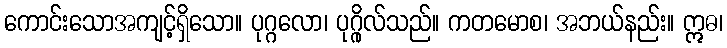
ကောင်းသောအကျင့်ရှိသော။ ပုဂ္ဂလော၊ ပုဂ္ဂိုလ်သည်။ ကတမောစ၊ အဘယ်နည်း။ ဣဓ၊